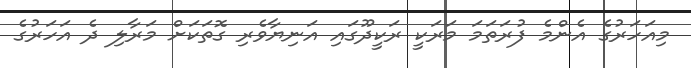
މިއަހަރުގެ އެންމެ ފުރަތަމަ މަރަކީ ރަކީދޫގައި އަނިޔާވެރި ގޮތަކަށް މަރާލި ދެ އަހަރުގެ